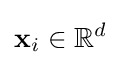
\mathbf {x} _{i}\in \mathbb {R} ^{d}